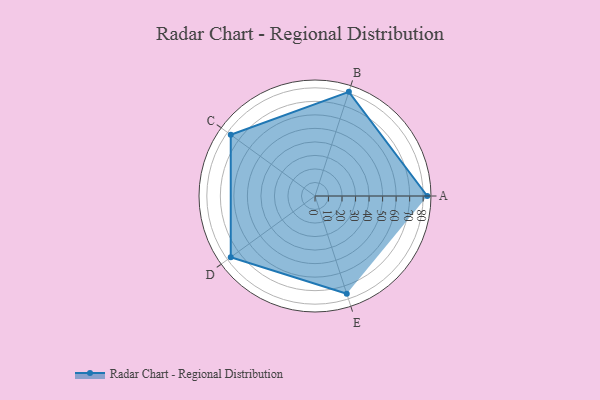
{"axis": {"x": "Skill", "y": "Score"}, "legend": ["Profile"], "data": [{"x": "A", "y": 83.0, "type": "Profile"}, {"x": "B", "y": 81.0, "type": "Profile"}, {"x": "C", "y": 77.0, "type": "Profile"}, {"x": "D", "y": 77.0, "type": "Profile"}, {"x": "E", "y": 76.0, "type": "Profile"}]}